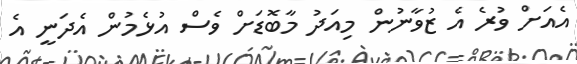
އެއަށް ވުރެ އެ ޒުވާނުން މިއަދު މާބޮޑަށް ވެސް އުޅެމުން އެދަނީ އެ